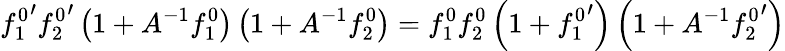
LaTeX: {f_{1}^{0}}^{\prime}{f_{2}^{0}}^{\prime}\left(1+A^{-1}f_{1}^{0}\right)\left(1+A^{-1}f_{2}^{0}\right)=f_{1}^{0}f_{2}^{0}\left(1+{f_{1}^{0}}^{\prime}\right)\left(1+A^{-1}{f_{2}^{0}}^{\prime}\right)